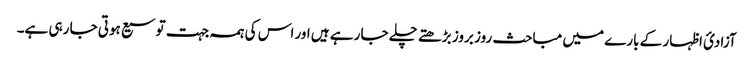
آزادئ اظہار کے بارے میں مباحث روز بروز بڑھتے چلے جا رہے ہیں اور اس کی ہمہ جہت توسیع ہوتی جا رہی ہے۔